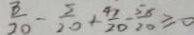
\frac { 3 } { 2 0 } - \frac { 5 } { 2 0 } + \frac { 4 x } { 2 0 } - \frac { 5 x } { 2 0 } \geq 0